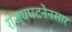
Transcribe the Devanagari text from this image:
राज्यघटनेनसार